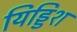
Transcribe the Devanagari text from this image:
यिड्डिश